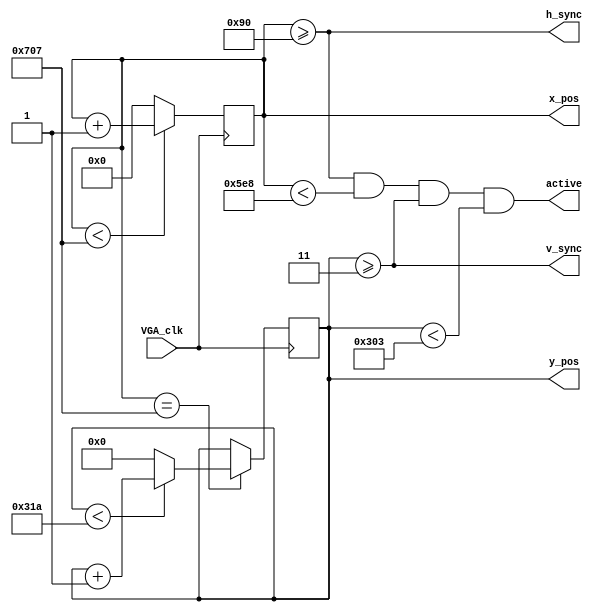
`timescale 1ns / 1ps
//////////////////////////////////////////////////////////////////////////////////
// Company: 
// Engineer: 
// 
// Design Name: 
// Module Name: VGA_top
// Project Name: 
// Target Devices: 
// Tool Versions: 
// Description: 
// 
// Dependencies: 
// 
// Revision:
// Revision 0.01 - File Created
// Additional Comments:
// 
//////////////////////////////////////////////////////////////////////////////////


module VGA_counter(
    input VGA_clk,
    output h_sync,
    output v_sync,
    output active,
    output reg [10:0] x_pos = 11'd0,
    output reg [9:0] y_pos = 10'd0
    );

    localparam [10:0] H_FRONT_PORCH = 11'd72;
    localparam [10:0] H_ACTIVE = 11'd1368;
    localparam [10:0] H_SYNC = 11'd144;
    localparam [10:0] H_BACK_PORCH = 11'd216;
    localparam [10:0] H_TOTAL = 11'd1800;

    localparam [9:0] V_FRONT_PORCH = 10'd1;
    localparam [9:0] V_ACTIVE = 10'd768;
    localparam [9:0] V_SYNC = 10'd3;
    localparam [9:0] V_BACK_PORCH = 10'd23;
    localparam [9:0] V_TOTAL = 10'd795;

    reg end_of_line;

    always @(x_pos) begin
        end_of_line = (x_pos == H_TOTAL-1);
    end

    always @(posedge VGA_clk) begin
        if (x_pos < H_TOTAL - 1) x_pos <= x_pos + 1;
        else x_pos <= 11'd0;
    end

    always @(posedge VGA_clk) begin
        if (end_of_line) begin
            if (y_pos < V_TOTAL - 1) y_pos <= y_pos + 1;
            else y_pos <= 10'd0;
        end
    end

    assign h_sync = (x_pos >= H_SYNC);
    assign v_sync = (y_pos >= V_SYNC);
    assign active = (x_pos >= H_SYNC && x_pos < H_SYNC + H_ACTIVE && y_pos >= V_SYNC && y_pos < V_SYNC + V_ACTIVE);
endmodule